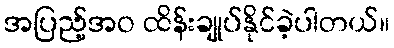
အပြည့်အဝ ထိန်းချုပ်နိုင်ခဲ့ပါတယ်။